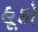
હૂકો